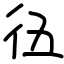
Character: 鿉